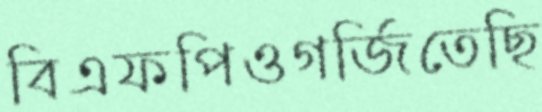
বিএফপিওগর্জিতেছি